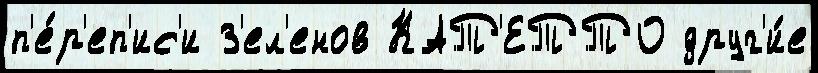
п'е́р'еп'ис'и З'ел'енов КАТ'ЕТТО друг'и́е